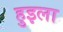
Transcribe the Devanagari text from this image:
हुइला